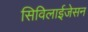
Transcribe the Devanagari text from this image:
सिविलाईजेसन